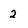
Character: 2